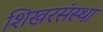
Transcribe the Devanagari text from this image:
शिखरसंस्था